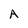
Character: A